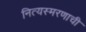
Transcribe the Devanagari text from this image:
नित्यस्मरणाची